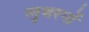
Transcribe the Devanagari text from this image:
लूथरनों